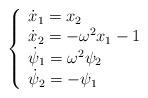
LaTeX: \begin{align*}\left\{\begin{array}{l} \dot{x}_1 = x_2 \\ \dot{x}_2 = - \omega^2 x_1 - 1 \\ \dot{\psi}_1 = \omega^2 \psi_2 \\ \dot{\psi}_2 = - \psi_1 \end{array}\right.\end{align*}